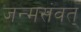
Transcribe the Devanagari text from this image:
जन्मसंवत्